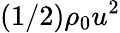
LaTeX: (1/2)\rho_{0}u^{2}